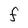
Character: f